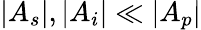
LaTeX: |A_{s}|,|A_{i}|\ll|A_{p}|